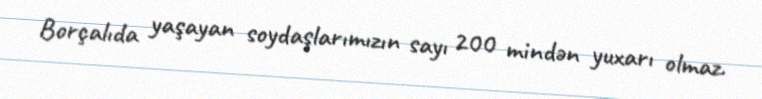
Borçalıda yaşayan soydaşlarımızın sayı 200 mindən yuxarı olmaz.